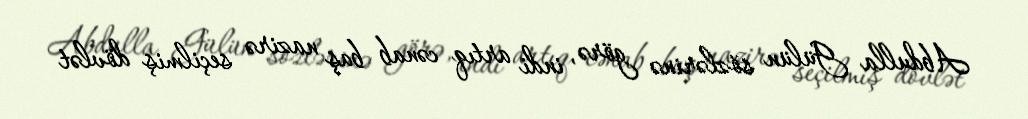
Abdulla Gülün sözlərinə görə, indi artıq cənab baş nazirə seçilmiş dövlət